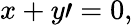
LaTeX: x+y\prime=0,